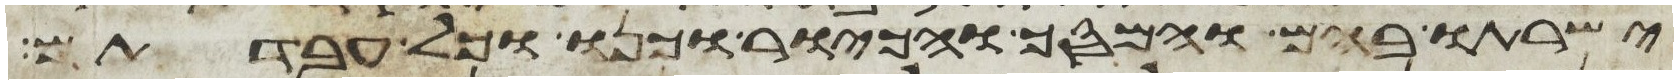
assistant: ישרתו בהם והמסך והכיור וכנו וכל עבדתם